Annual report on the working of the lock hospitals in the Central Provinces
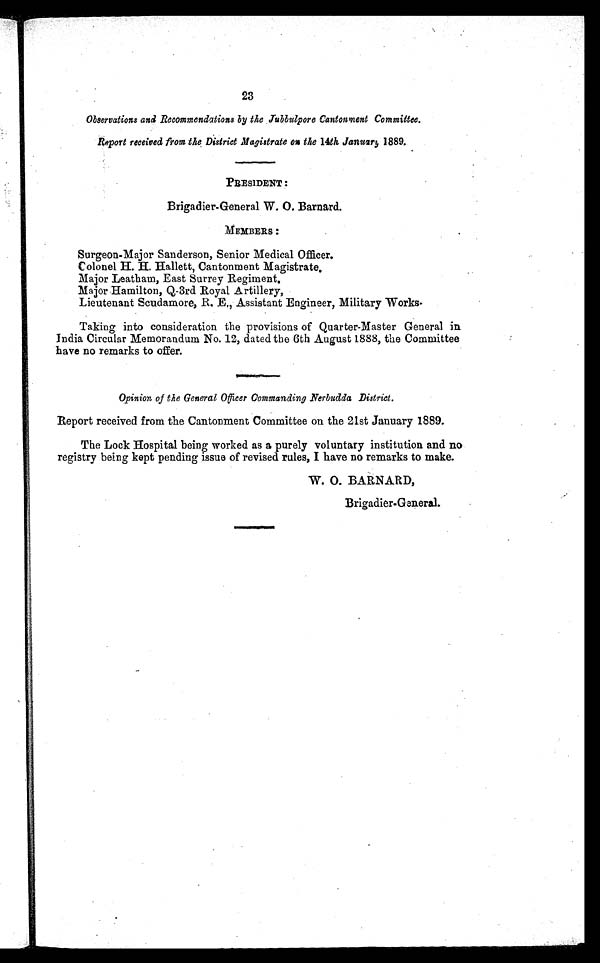
23
Observations and Recommendations by the Jubbulpore Cantonment Committee.
Report received from the District Magistrate on the 14th January 1889.
PRESIDENT :
Brigadier-General W. o . Barnard.
MEMBERS :
Surgeon-Major Sanderson, Senior Medical Officer.
Colonel H. H. Hallett, Cantonment Magistrate.
Major Leatham, East Surrey Regiment.
Major Hamilton, Q-3rd Royal Artillery,
Lieutenant Scudamore, E., Assistant Engineer, Military Works
.
Taking into consideration the provisions of Quarter-Master General in
India Circular Memorandum No. 12, dated the 6th August 1888, the Committee
have no remarks to offer.
Opinion of the General Officer Commanding Nerbudda District.
Report received from the Cantonment Committee on the 21st January 1889.
The Lock Hospital being worked as a purely voluntary institution and no
registry being kept pending issue of revised rules, I have no remarks to make.
W. 0. BARNARD,
Brigadier-General.